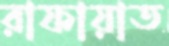
রাফায়াত